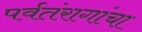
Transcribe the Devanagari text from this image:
पर्वतंरागांचा